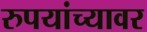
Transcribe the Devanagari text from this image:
रुपयांच्यावर